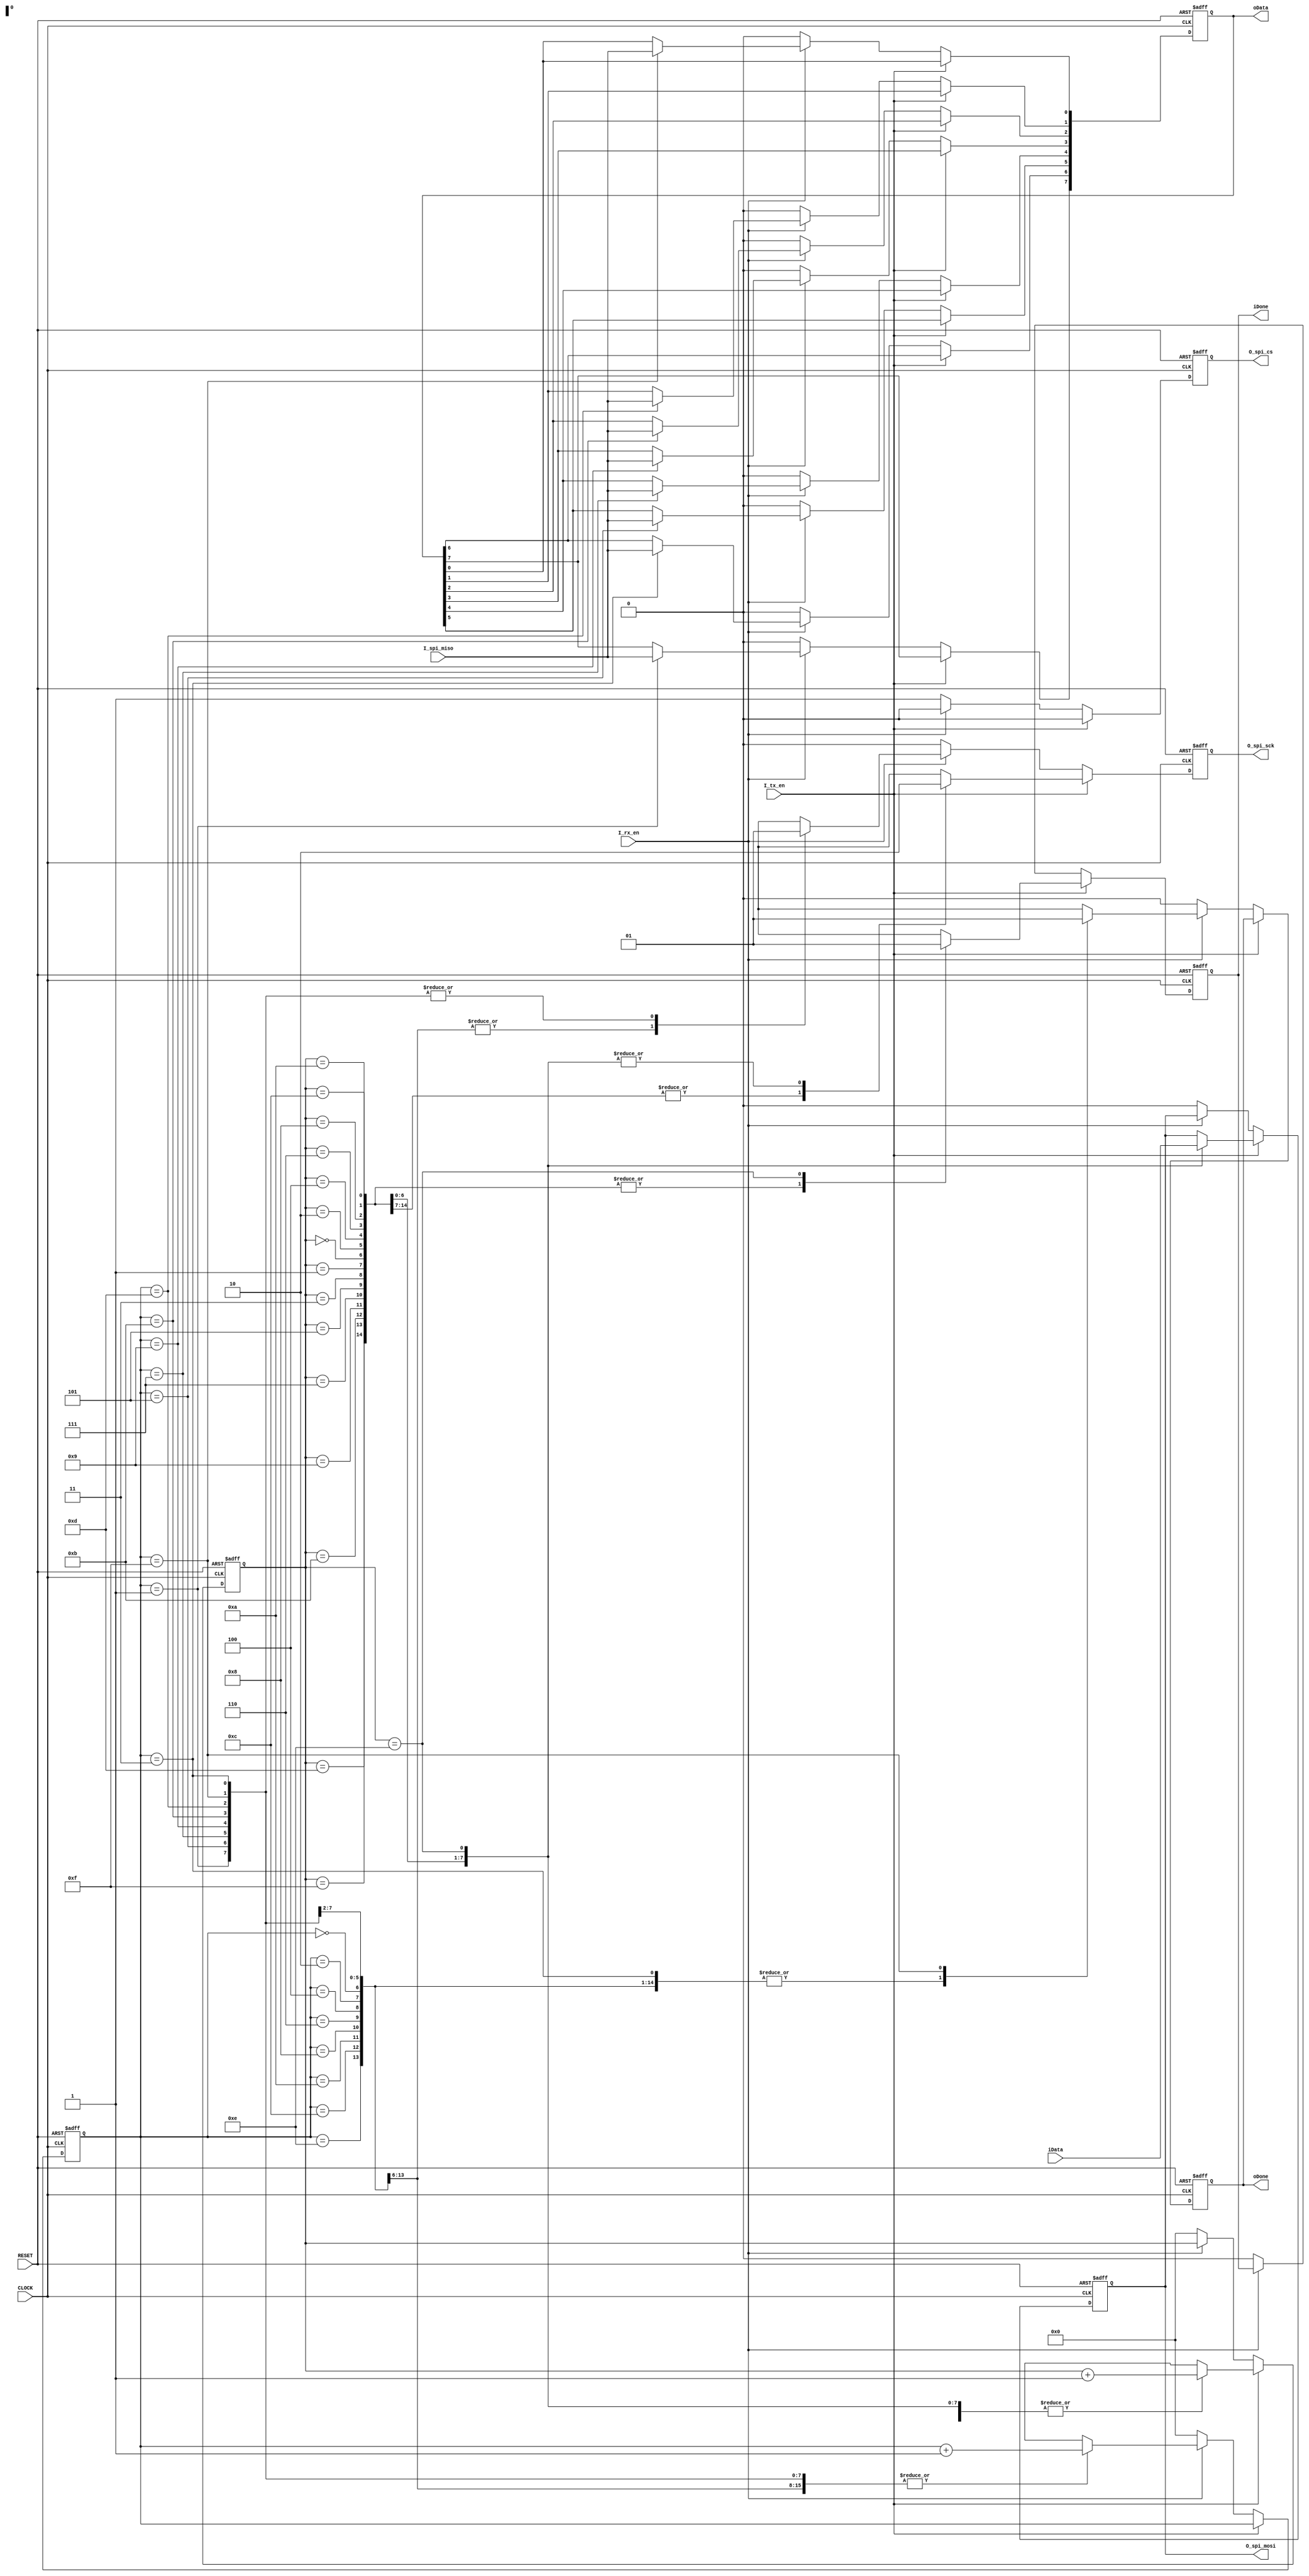
//****************************************************************************//
//# @Author: 
//# @Date:   2019-04-18 20:57:46
//# @Last Modified by:   zlk
//# @WeChat Official Account: OpenFPGA
//# @Last Modified time: 2019-08-03 23:33:53
//# Description: 
//# @Modification History: 2019-04-18 21:52:43
//# Date			    By			   Version			   Change Description: 
//# ========================================================================= #
//# 2019-04-18 21:52:43
//# ========================================================================= #
//# |                                          								| #
//# |                                OpenFPGA     							| #
//****************************************************************************//
`timescale 1ns/ 1ps
module spi
(
    input CLOCK, RESET,// 50MHz/
    input               I_rx_en     , // 
    input               I_tx_en     , // 
    input        [7:0]  iData   , // 
    output  reg  [7:0]  oData  , // 
    output  reg         iDone   , // 
    output  reg         oDone   , // 
    
    // SPI
    input               I_spi_miso  , // SPI
    output  reg         O_spi_sck   , // SPI
    output  reg         O_spi_cs    , // SPI
    output  reg         O_spi_mosi    // SPI
);
//****************************************//

reg [3:0]   R_tx_state      ; 
reg [3:0]   R_rx_state      ;

//****************************************//
always @(posedge CLOCK or negedge RESET)
begin
    if(!RESET)
        begin
            R_tx_state  <=  4'd0    ;
            R_rx_state  <=  4'd0    ;
            O_spi_cs    <=  1'b1    ;
            O_spi_sck   <=  1'b0    ;
            O_spi_mosi  <=  1'b0    ;
            iDone   <=  1'b0    ;
            oDone   <=  1'b0    ;
            oData  <=  8'd0    ;
        end 
    else if(I_tx_en) // 
        begin
            O_spi_cs    <=  1'b0    ; // CS
            case(R_tx_state)
                4'd1, 4'd3 , 4'd5 , 4'd7  , 
                4'd9, 4'd11, 4'd13, 4'd15 : //
                    begin
                        O_spi_sck   <=  1'b1                ;
                        R_tx_state  <=  R_tx_state + 1'b1   ;
                        iDone   <=  1'b0                ;
                    end
                4'd0:    // 7
                    begin
                        O_spi_mosi  <=  iData[7]        ;
                        O_spi_sck   <=  1'b0                ;
                        R_tx_state  <=  R_tx_state + 1'b1   ;
                        iDone   <=  1'b0                ;
                    end
                4'd2:    // 6
                    begin
                        O_spi_mosi  <=  iData[6]        ;
                        O_spi_sck   <=  1'b0                ;
                        R_tx_state  <=  R_tx_state + 1'b1   ;
                        iDone   <=  1'b0                ;
                    end
                4'd4:    // 5
                    begin
                        O_spi_mosi  <=  iData[5]        ;
                        O_spi_sck   <=  1'b0                ;
                        R_tx_state  <=  R_tx_state + 1'b1   ;
                        iDone   <=  1'b0                ;
                    end 
                4'd6:    // 4
                    begin
                        O_spi_mosi  <=  iData[4]        ;
                        O_spi_sck   <=  1'b0                ;
                        R_tx_state  <=  R_tx_state + 1'b1   ;
                        iDone   <=  1'b0                ;
                    end 
                4'd8:    // 3
                    begin
                        O_spi_mosi  <=  iData[3]        ;
                        O_spi_sck   <=  1'b0                ;
                        R_tx_state  <=  R_tx_state + 1'b1   ;
                        iDone   <=  1'b0                ;
                    end                            
                4'd10:    // 2
                    begin
                        O_spi_mosi  <=  iData[2]        ;
                        O_spi_sck   <=  1'b0                ;
                        R_tx_state  <=  R_tx_state + 1'b1   ;
                        iDone   <=  1'b0                ;
                    end 
                4'd12:    // 1
                    begin
                        O_spi_mosi  <=  iData[1]        ;
                        O_spi_sck   <=  1'b0                ;
                        R_tx_state  <=  R_tx_state + 1'b1   ;
                        iDone   <=  1'b0                ;
                    end 
                4'd14:    // 0
                    begin
                        O_spi_mosi  <=  iData[0]        ;
                        O_spi_sck   <=  1'b0                ;
                        R_tx_state  <=  R_tx_state + 1'b1   ;
                        iDone   <=  1'b1                ;
                    end
                default:R_tx_state  <=  4'd0                ;   
            endcase 
        end
    else if(I_rx_en) // 
        begin
            O_spi_cs    <=  1'b0        ; // CS
            case(R_rx_state)
                4'd0, 4'd2 , 4'd4 , 4'd6  ,  4'd8, 4'd10, 4'd12, 4'd14 : //
                    begin
                        O_spi_sck   <=  1'b0;
                        R_rx_state  <=  R_rx_state + 1'b1;
                        oDone   <=  1'b0;
                    end
                4'd1:    // 7
                    begin                       
                        O_spi_sck       <=  1'b1                ;
                        R_rx_state      <=  R_rx_state + 1'b1   ;
                        oDone       <=  1'b0                ;
                        oData[7]   <=  I_spi_miso          ;   
                    end
                4'd3:    // 6
                    begin
                        O_spi_sck       <=  1'b1                ;
                        R_rx_state      <=  R_rx_state + 1'b1   ;
                        oDone       <=  1'b0                ;
                        oData[6]   <=  I_spi_miso          ; 
                    end
                4'd5:    // 5
                    begin
                        O_spi_sck       <=  1'b1                ;
                        R_rx_state      <=  R_rx_state + 1'b1   ;
                        oDone       <=  1'b0                ;
                        oData[5]   <=  I_spi_miso          ; 
                    end 
                4'd7:    // 4
                    begin
                        O_spi_sck       <=  1'b1                ;
                        R_rx_state      <=  R_rx_state + 1'b1   ;
                        oDone       <=  1'b0                ;
                        oData[4]   <=  I_spi_miso          ; 
                    end 
                4'd9:    // 3
                    begin
                        O_spi_sck       <=  1'b1                ;
                        R_rx_state      <=  R_rx_state + 1'b1   ;
                        oDone       <=  1'b0                ;
                        oData[3]   <=  I_spi_miso          ; 
                    end                            
                4'd11:    // 2
                    begin
                        O_spi_sck       <=  1'b1                ;
                        R_rx_state      <=  R_rx_state + 1'b1   ;
                        oDone       <=  1'b0                ;
                        oData[2]   <=  I_spi_miso          ; 
                    end 
                4'd13:    // 1
                    begin
                        O_spi_sck       <=  1'b1                ;
                        R_rx_state      <=  R_rx_state + 1'b1   ;
                        oDone       <=  1'b0                ;
                        oData[1]   <=  I_spi_miso          ; 
                    end 
                4'd15:    // 0
                    begin
                        O_spi_sck       <=  1'b1                ;
                        R_rx_state      <=  R_rx_state + 1'b1   ;
                        oDone       <=  1'b1                ;
                        oData[0]   <=  I_spi_miso          ; 
                    end
                default:R_rx_state  <=  4'd0                    ;   
            endcase 
        end    
    else
        begin
            R_tx_state  <=  4'd0    ;
            R_rx_state  <=  4'd0    ;
            iDone   <=  1'b0    ;
            oDone   <=  1'b0    ;
            O_spi_cs    <=  1'b1    ;
            O_spi_sck   <=  1'b0    ;
            O_spi_mosi  <=  1'b0    ;
            oData  <=  8'd0    ;
        end      
end

endmodule